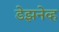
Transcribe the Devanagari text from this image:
डेझनेव्ह